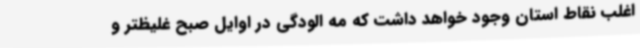
اغلب نقاط استان وجود خواهد داشت که مه الودگی در اوایل صبح غلیظتر و